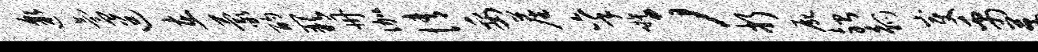
邈氲迢在蒙酌缺册伽情妥尘秉嗾；折尸殆觚变禹茜